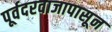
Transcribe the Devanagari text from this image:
पूर्वदरवाजापासून